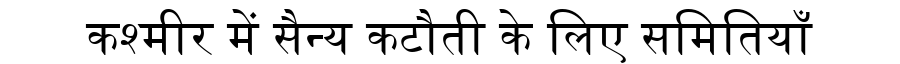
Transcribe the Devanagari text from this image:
कश्मीर में सैन्य कटौती के लिए समितियाँ